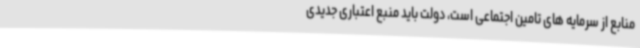
منابع از سرمایه های تامین اجتماعی است، دولت باید منبع اعتباری جدیدی